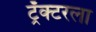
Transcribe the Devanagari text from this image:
ट्रॅक्टरला